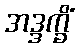
အဒ္ဒက္ခိံ